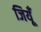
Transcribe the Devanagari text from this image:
जियूँ